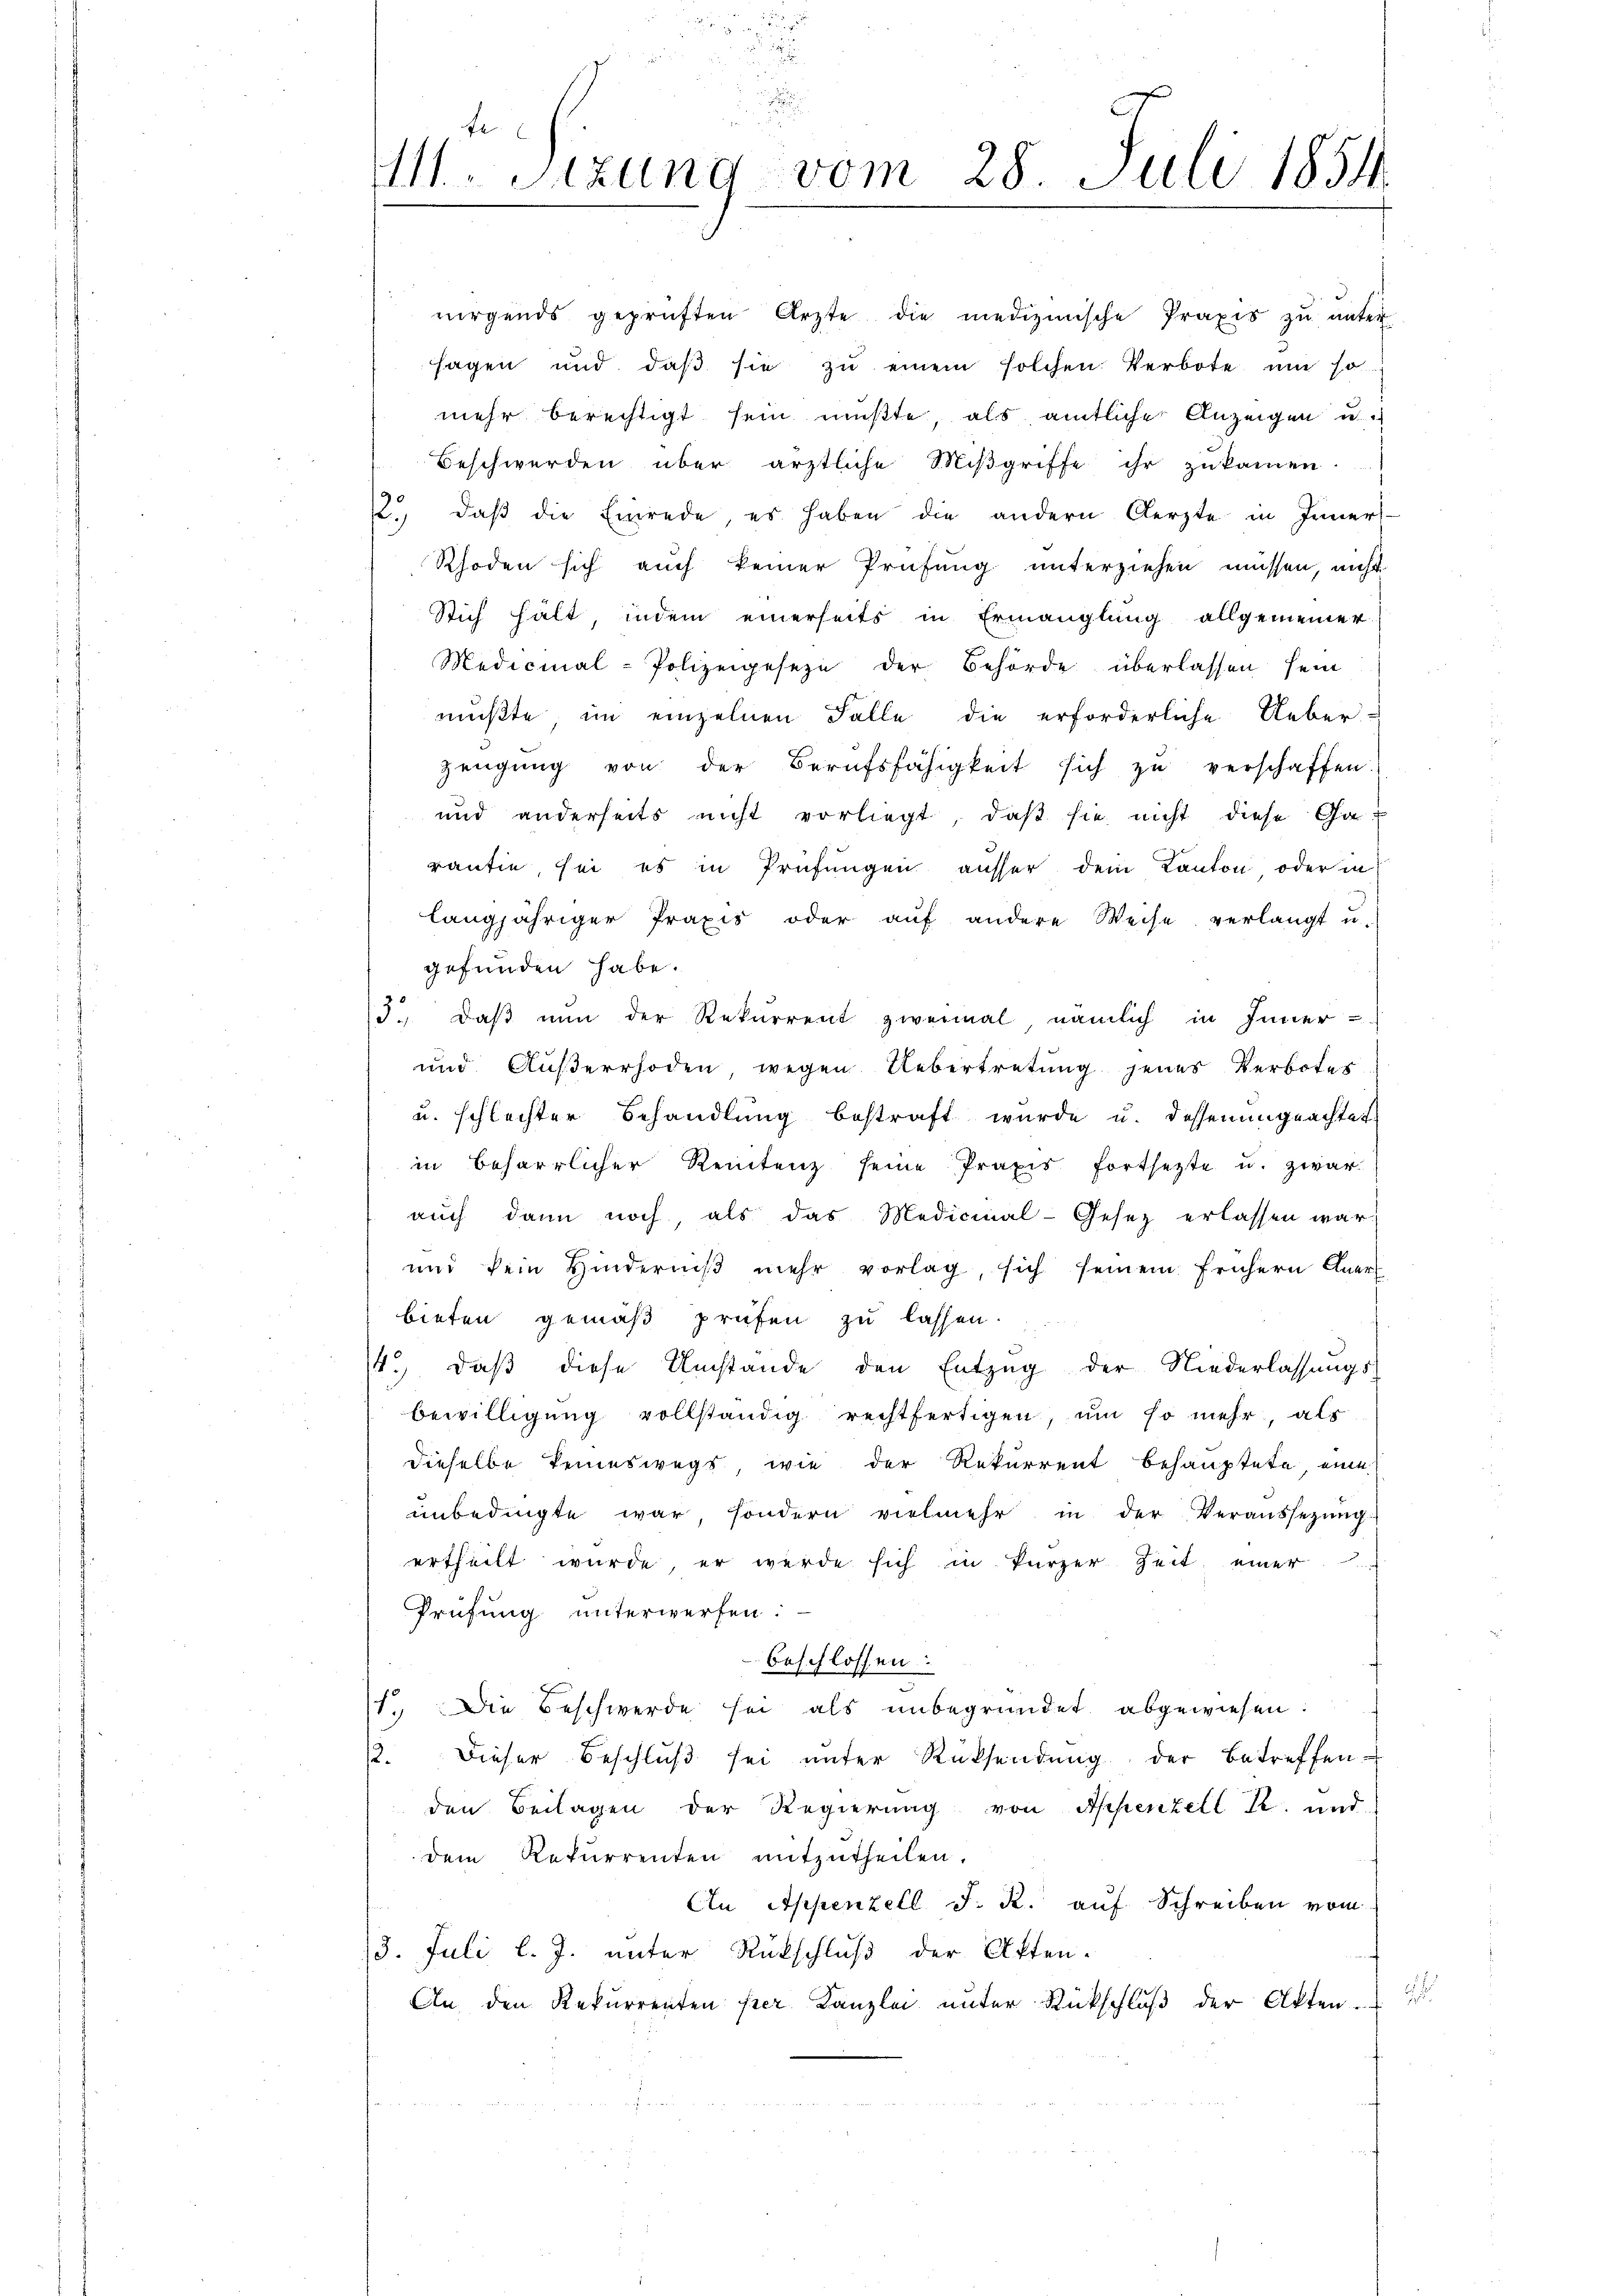
nirgends geprüften Ärzte die medizinische Praxis zŭ ŭnter
sagen und daβ sie zŭ einem solchen Verbote um so
mehr berechtigt sein mußte, als amtliche Anzeigen u.
Beschwerden über ärztliche Mißgriffe ihr zukommen.
12. daβ die Einrede, es haben die andern Aerzte in Inners
Rhoden sich auch keiner Prüfung unterziehen müssen, nicht
Stich hält, indem einerseits in Ermanglung allgemeiner
Medicinal-Polizeigeseze der Behörde überlassen sein
mußte im einzelnen Fälle die erforderliche Ueber-
zeugung von der Berufsfähigkeit sich zŭ verschaffen.
und anderseits nicht vorliegt, daß sie nicht diese Ga-
rantie, sei es in Prüfungen ausser dem Kanton oder in
langjähriger Praxis oder aŭf andere Weise verlangt u.
gefunden habe.
3. daß nun der Rekurrent zweimal nämlich in Inner-
und Außerrhoden wegen Uebertretung jenes Verbotes
u. schlechter Behandlung bestraft wurde u. dessenungeachtet
in beharrlicher Rentenz seine Praxis fortsetzte u. zwar
aŭch dann noch als das Medicinal-Gesetz erlassen war.
und kein Hinderniß mehr vorlag, sich seinem frühern Anerbieten gemäß prüfen zu lassen.
1. daβ diese Umstände den Entzug der Niederlassungsbewilligŭng vollständig rechtfertigen, um so mehr, als
dieselbe Teineswegs, wie der Rekurrent behauptete eine
unbedingte war, sondern vielmehr in der Veraussezung
ertheilt würde, er werde sich in kürzer Zeit einer
Prüfung unterwerfen:
beschlossen:
1. Die Beschwerde sei als unbegründet abgewiesen:
2. Dieser Beschluß sei unter Rücksendung der Betreffen-
den Beilagen der Regierung von Appenzell I. und
dem Rekurrenten mitzutheilen.
An Appenzell J. R. auf Schreiben vom
3. Juli l. J. unter Rückschluß der Akten-
d
An den Rekurrenten per Kanzlei unter Rückschlŭβ der Akten.

e
111. Sitzung vom 28. Juli 1854.